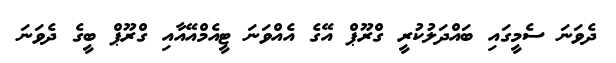
ދެވަނަ ސެމީގައި ބައްދަލުކުރީ ގްރޫޕް އޭގެ އެއްވަނަ ޓީއެމްއޭއާއި ގްރޫޕް ބީގެ ދެވަނަ